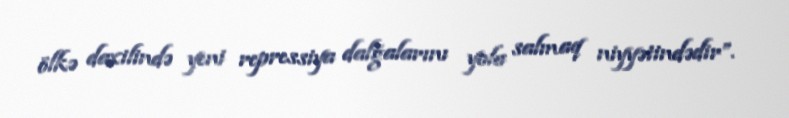
ölkə daxilində yeni repressiya dalğalarını yola salmaq niyyətindədir”.